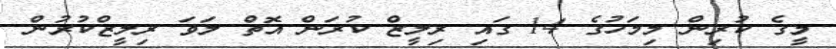
މީގެ ކުރިން މިމަހުގެ 14 ގައި ރިލީޒް ކުރަން އޮތް ލަވަ ރިލީޒްކުރުން